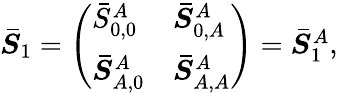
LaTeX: \begin{array}{r}{\boldsymbol{\bar{{S}}}_{1}=\left(\begin{array}{ll}{\bar{{S}}_{0,0}^{A}}&{\boldsymbol{\bar{{S}}}_{0,A}^{A}}\\ {\boldsymbol{\bar{{S}}}_{A,0}^{A}}&{\boldsymbol{\bar{{S}}}_{A,A}^{A}}\end{array}\right)=\boldsymbol{\bar{{S}}}_{1}^{A},}\end{array}